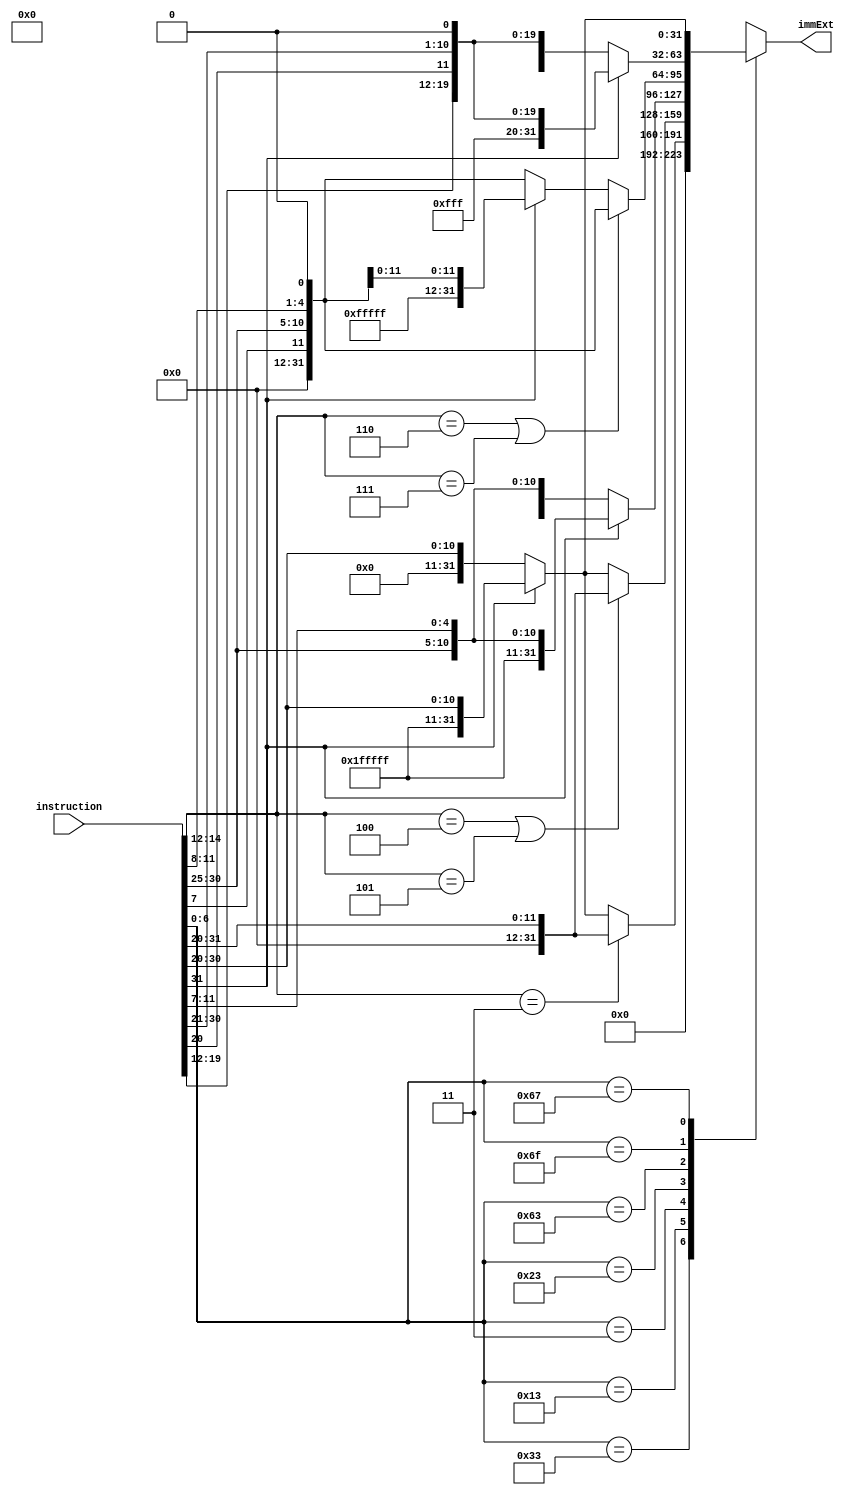
module ImmGen(input [31:0] instruction,
              output reg [31:0] immExt);
		
	always @(*)
	begin
		case(instruction[6:0])
		7'b0110011: // All R-type instructions
			immExt = 32'd0;
		7'b0010011: // Standard I-type instructions
		begin
			if (instruction[14:12] == 3'h3) // SLTIU zero-extends
			begin
				immExt = {20'h00000, instruction[31:20]};
			end
			else
			begin
				immExt = (instruction[31] == 1'b1) ? {20'hfffff, instruction[31:20]} : {20'h00000, instruction[31:20]};
			end
		end
		7'b0000011: // Loads
		begin
			if (instruction[14:12] == 3'h4 || instruction[14:12] == 3'h5) // LBU or LHU zero-extend
			begin
				immExt = {20'h00000, instruction[31:20]};
			end
			else
			begin
				immExt = (instruction[31] == 1'b1) ? {20'hfffff, instruction[31:20]} : {20'h00000, instruction[31:20]};
			end
		end
		7'b0100011: // Stores
			immExt = (instruction[31] == 1'b1) ? {20'hfffff, instruction[31:25], instruction[11:7]} : {20'h00000, instruction[31:25], instruction[11:7]};
		7'b1100011: // Branches
			if (instruction[14:12] == 3'h6 || instruction[14:12] == 3'h7) // BLTU or BGEU zero-extend
			begin
				immExt = {20'h00000, instruction[7], instruction[30:25], instruction[11:8], 1'b0};
			end
			else // everything else
			begin
				immExt = (instruction[31] == 1'b1) ? {20'hfffff, instruction[7], instruction[30:25], instruction[11:8], 1'b0} : {20'h00000, instruction[7], instruction[30:25], instruction[11:8], 1'b0};
			end
		7'b1101111: // JAL
			immExt = (instruction[31] == 1'b1) ? {12'hfff, instruction[19:12], instruction[20], instruction[30:21], 1'b0} : {12'h000, instruction[19:12], instruction[20], instruction[30:21], 1'b0};
		7'b1100111: // JALR
			immExt = (instruction[31] == 1'b1) ? {20'hfffff, instruction[31:20]} : {20'h00000, instruction[31:20]};
		default: immExt = 32'hx;
		endcase
	end
endmodule